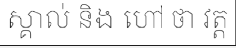
ស្គាល់ និង ហៅ ថា វត្ត